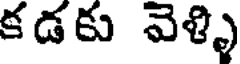
కడకు వెళ్ళి